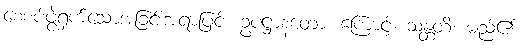
စေ့စပ်ဖွဲ့ရှက်သောအခြင်းအရာဖြင့်။ ဥပဋ္ဌာနတော၊ ကြောင့်။ သန္တတိ၊ မည်၏။